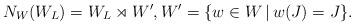
LaTeX: \begin{align*} N_W(W_L)=W_L\rtimes W',W'=\{w\in W\,|\,w(J)=J\}.\end{align*}